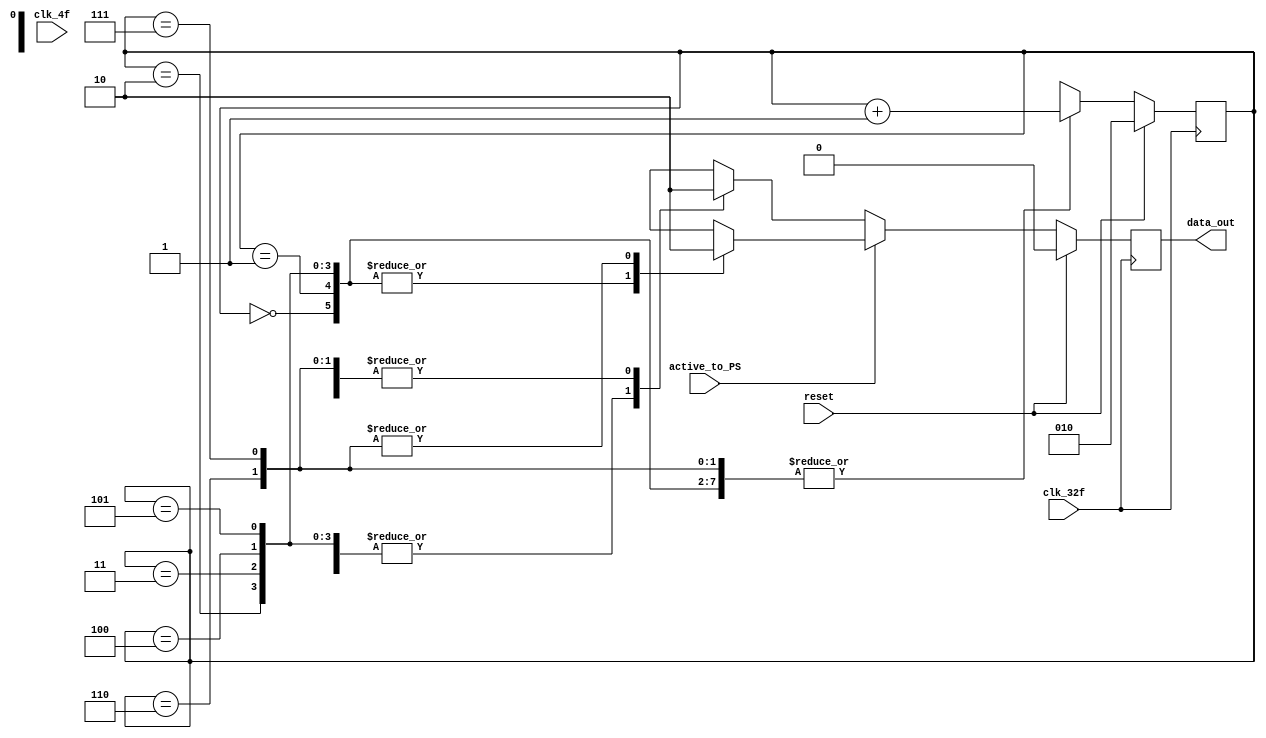
module ParaleloSerial_verde( 
    input clk_4f, clk_32f, active_to_PS, 
    input reset,
    output reg data_out
    );

    reg [2:0] selector;
    reg active;

    always @(posedge clk_32f) begin 

        if (reset == 1)begin
            selector <= 3'b010;
            data_out <= 0;
        end

        else begin

            if (active_to_PS == 0)begin

                case(selector)
                0: begin
                data_out <= 1;
                {selector} <= {selector} + 1;
                end
                            
                1: begin 
                data_out <= 0;
                {selector} <= {selector} + 1;
                end

                2: begin 
                data_out <= 1;
                {selector} <= {selector} + 1;
                end

                3: begin
                data_out <= 1;
                {selector} <= {selector} + 1;
                end

                4: begin
                data_out <= 1;
                {selector} <= {selector} + 1;
                end

                5: begin
                data_out <= 1;
                {selector} <= {selector} + 1;
                end

                6: begin
                data_out <= 0;
                {selector} <= {selector} + 1;
                end

                7: begin
                data_out <= 0;
                {selector} <= {selector} + 1;
                end
            endcase

            end

        if (active_to_PS == 1)begin

            case(selector)
                0: begin
                data_out <= 1;
                {selector} <= {selector} + 1;
                end
                            
                1: begin 
                data_out <= 1;
                {selector} <= {selector} + 1;
                end

                2: begin 
                data_out <= 1;
                {selector} <= {selector} + 1;
                end

                3: begin
                data_out <= 1;
                {selector} <= {selector} + 1;
                end

                4: begin
                data_out <= 1;
                {selector} <= {selector} + 1;
                end

                5: begin
                data_out <= 1;
                {selector} <= {selector} + 1;
                end

                6: begin
                data_out <= 0;
                {selector} <= {selector} + 1;
                end

                7: begin
                data_out <= 0;
                {selector} <= {selector} + 1;
                end

            endcase

            end

        end
    end

endmodule